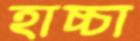
হাচ্চা